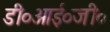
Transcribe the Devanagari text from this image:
डी०आई०जी०